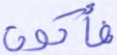
فأكون